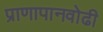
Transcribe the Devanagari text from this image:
प्राणापानवोढी